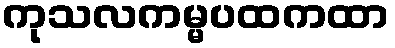
ကုသလကမ္မပထကထာ